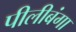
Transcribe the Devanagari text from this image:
पीलीबंगा